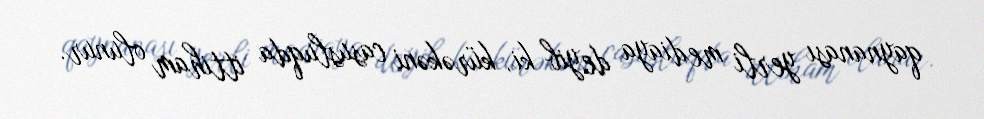
qaynanası yerli mediaya deyib ki, kürəkəni casusluqda ittiham olunur.